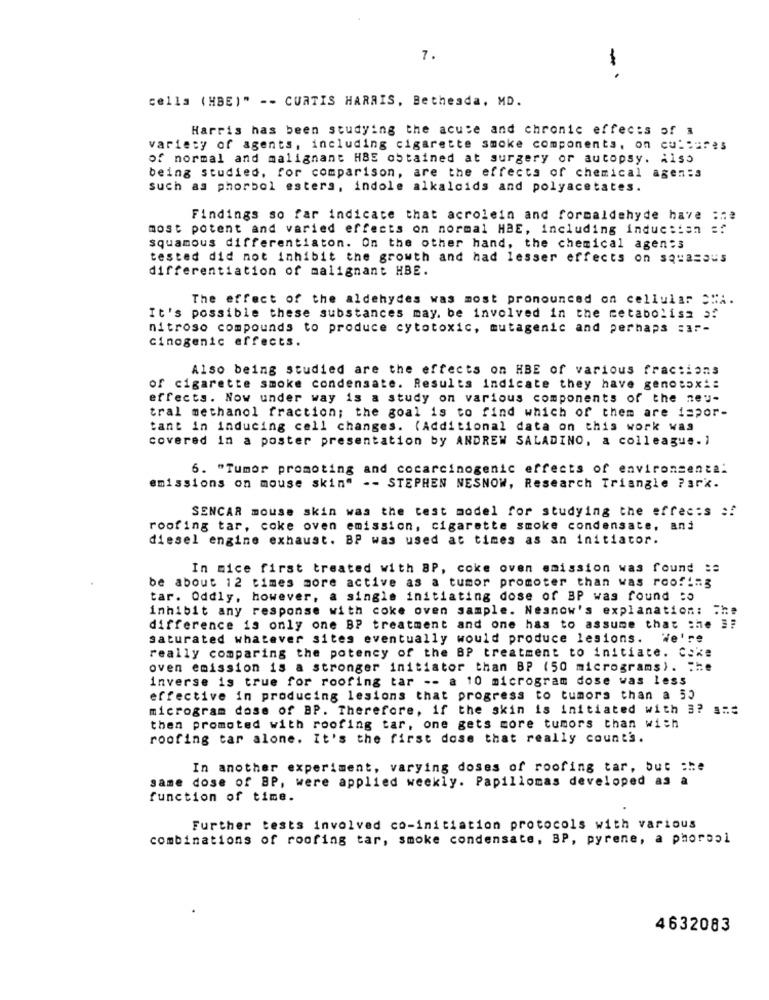
7.
-
cells (HBE)" -- CURTIS HARRIS, Bethesda, MD.
Harris has been studying the acute and chronic effects of a
variety of agents, including cigarette smoke components, on cultures
of normal and malignant HBE obtained at surgery or autopsy. Also
being studied, for comparison, are the effects of chemical agen:s
such as phorbol esters, indole alkaloids and polyacetates.
Findings so far indicate that acrolein and formaldehyde have :ne
most potent and varied effects on normal HBE, including inducsian =?
squamous differentiaton. On the other hand, the chemical agents
tested did not inhibit the growth and had lesser effects on squasaus
differentiation of malignant HBE.
The effect of the aldehydes was most pronounced on cellular >"i.
It's possible these substances may. be involved in the metabolisa =?
nitroso compounds to produce cytotoxic, mutagenic and perhaps :17-
cinogenic effects.
Also being studied are the effects on HBE of various fractions
of cigarette smoke condensate. Results indicate they have genosox ::
effects. Now under way is a study on various components of the neu-
tral methanol fraction; the goal is to find which of them are ispor-
tant in inducing cell changes. (Additional data on this work was
covered in a poster presentation by ANDREW SALADINO, a colleague.]
6. "Tumor promoting and cocarcinogenic effects of environmenta:
emissions on mouse skin" -- STEPHEN NESNOW, Research Triangle Park.
SENCAR mouse skin was the test model for studying the effects :!
roofing tar, coke oven emission, cigarette smoke condensate, and
diesel engine exhaust. BP was used at times as an initiator.
In mice first treated with BP, coke oven smission was found =
be about 12 times more active as a tumor promoter than was roofing
tar. Oddly, however, a single initiating dose of BP was found :o
inhibit any response with coke oven sample. Nesnow's explanation: The
difference is only one BP treatment and one has to assume that the #?
saturated whatever sites eventually would produce lesions. We're
really comparing the potency of the BP treatment to initiate. Coke
oven emission is a stronger initiator than BP (50 micrograms). The
inverse is true for roofing tar -- a 10 microgram dose was less
effective in producing lesions that progress to tumors than a 55
microgram dose of BP. Therefore, if the skin is initiated with 3? ===
then promoted with roofing tar, one gets more tumors than wich
roofing tar alone. It's the first dose that really count'.
In another experiment, varying doses of roofing tar, but che
same dose of BP, were applied weekly. Papillomas developed as a
function of time.
Further tests involved co-initiation protocols with various
combinations of roofing tar, smoke condensate, BP, pyrene, a phorsol
4632083